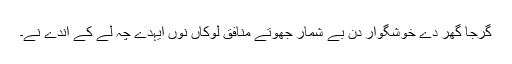
گرجا گھر دے خوشگوار دِن بے شمار جھوتے منافق لوکاں نوں ایہدے چہ لے کے آندے نے۔